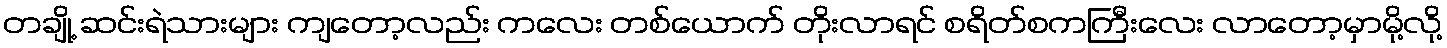
တချို့ ဆင်းရဲသားများ ကျတော့လည်း ကလေး တစ်ယောက် တိုးလာရင် စရိတ်စကကြီးလေး လာတော့မှာမို့လို့